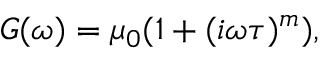
G ( \omega ) = \mu _ { 0 } ( 1 + ( i \omega \tau ) ^ { m } ) ,